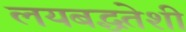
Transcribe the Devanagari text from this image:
लयबद्धतेशी